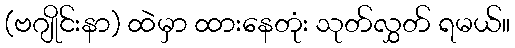
(ဗဂျိုင်းနာ) ထဲမှာ ထားနေတုံး သုတ်လွှတ် ရမယ်။